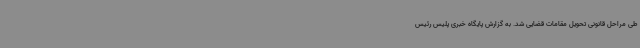
طی مراحل قانونی تحویل مقامات قضایی شد. به گزارش پایگاه خبری پلیس رئیس